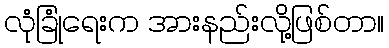
လုံခြုံရေးက အားနည်းလို့ဖြစ်တာ။